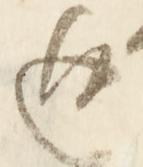
返